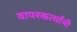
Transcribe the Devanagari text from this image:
वापरकर्त्यांनी